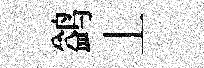
鹢丄